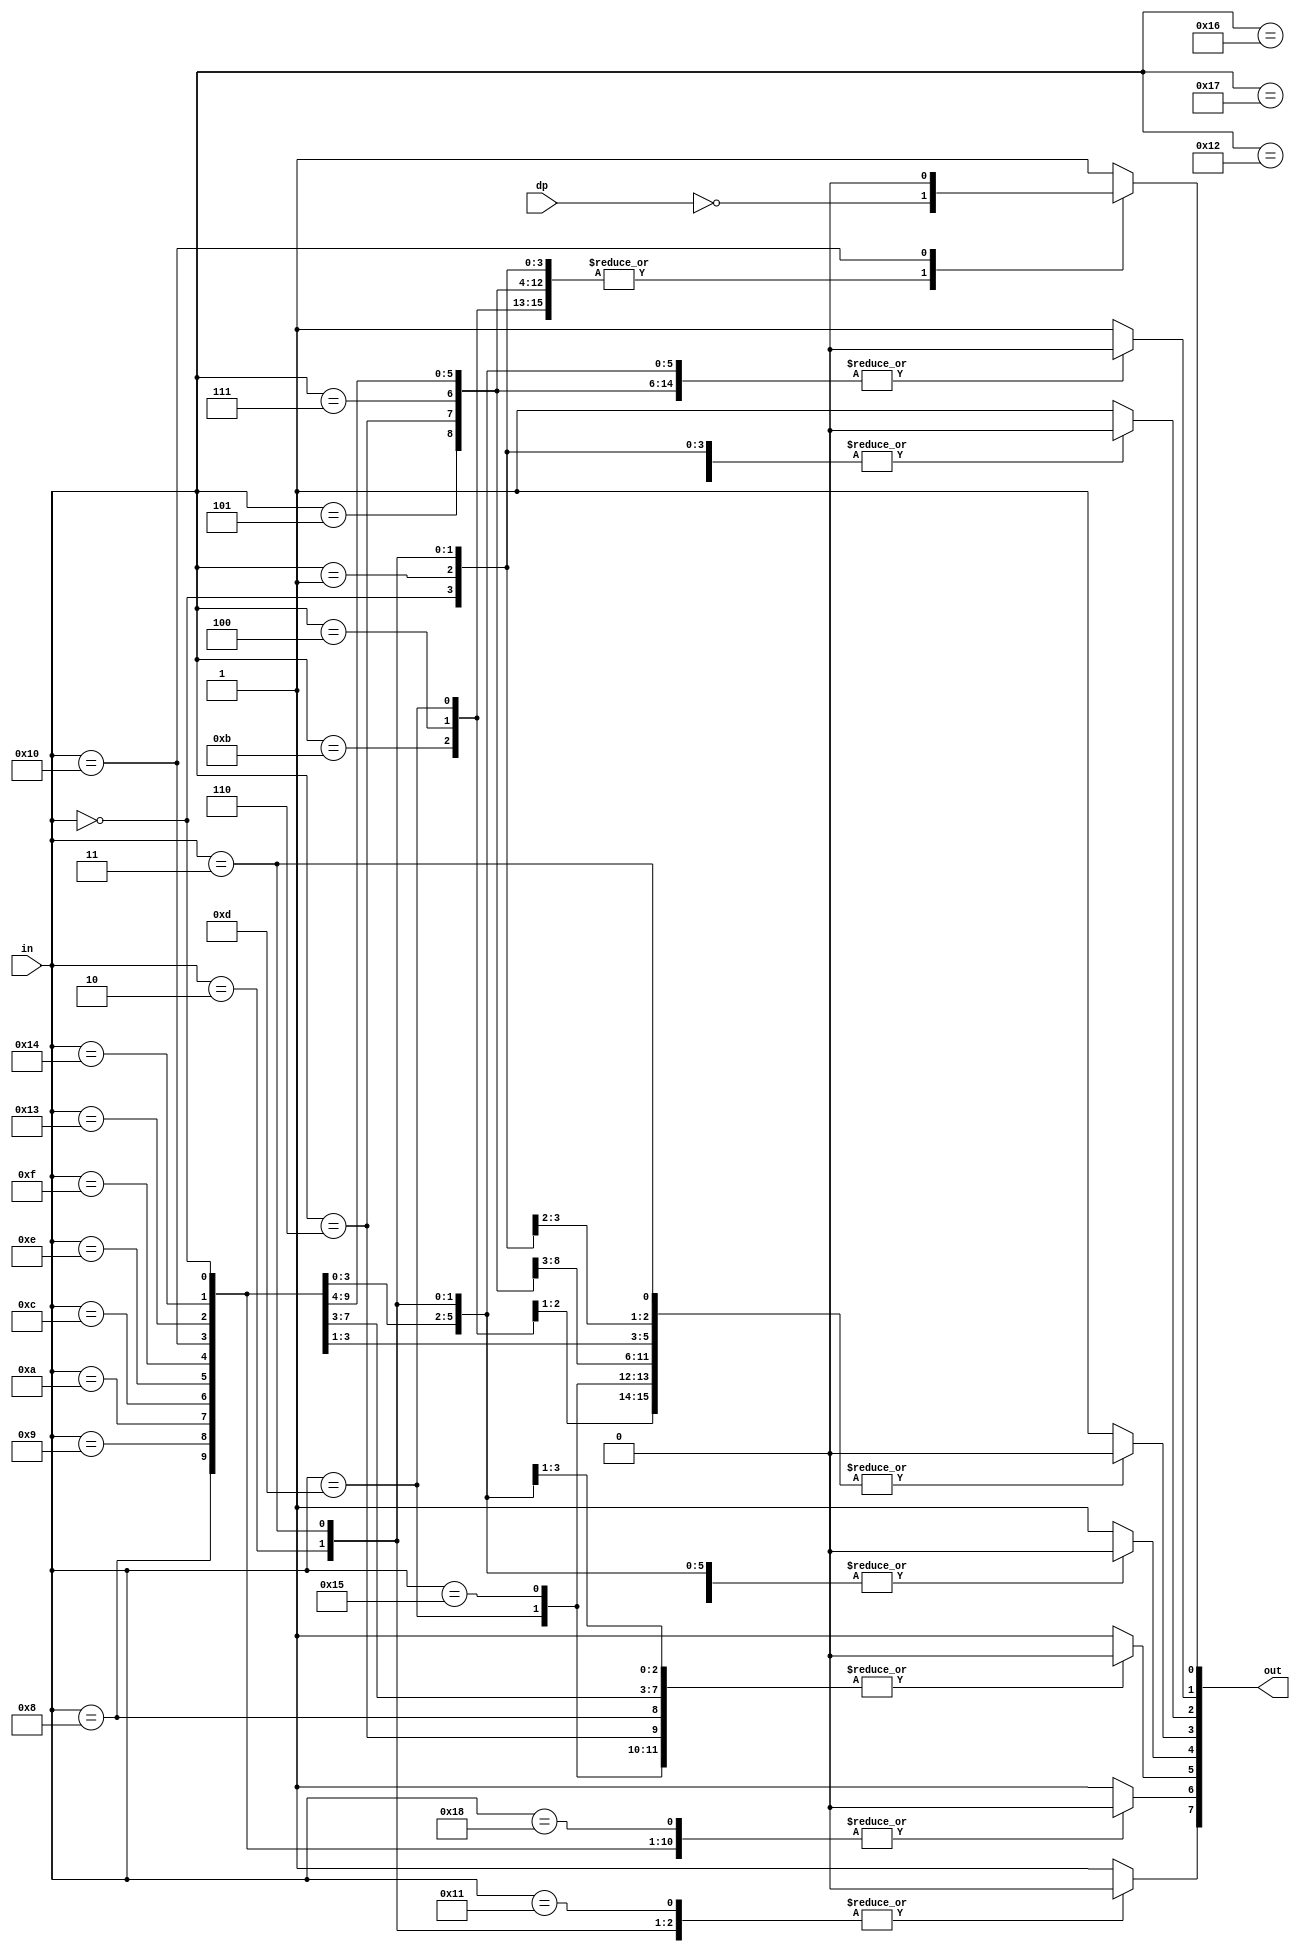
module hexdigit(
  input wire [4:0] in,
  input wire dp,
  output reg [7:0] out
  );

// ---------- 7-seg assignment ----------
//                            a
//       dc              
//      eb          f     
//     fa             g  b
//    gdp        
//   8'b00000000          e     
//                               c
//                           
//                             d   o dp
always @* begin
  out = 8'b11111111;
	 
  case(in)
    4'h0: begin // hex '0' SSD display pattern
      out[7] = 1'b1;
      out[6] = 1'b0;
      out[5] = 1'b0;
      out[4] = 1'b0;
      out[3] = 1'b0;
      out[2] = 1'b0;
      out[1] = 1'b0;
      out[0] = ~dp;
    end
	 
    4'h1: begin // hex '1' SSD display pattern
      out[7] = 1'b1;
      out[6] = 1'b1;
      out[5] = 1'b1;
      out[4] = 1'b1;
      out[3] = 1'b0;
      out[2] = 1'b0;
      out[1] = 1'b1;
      out[0] = ~dp;
    end

    4'h2: begin // hex '2' SSD display pattern
      out[7] = 1'b0;
      out[6] = 1'b1;
      out[5] = 1'b0;
      out[4] = 1'b0;
      out[3] = 1'b1;
      out[2] = 1'b0;
      out[1] = 1'b0;
      out[0] = ~dp;
    end
	 
    4'h3: begin // hex '3' SSD display pattern
      out[7] = 1'b0;
      out[6] = 1'b1;
      out[5] = 1'b1;
      out[4] = 1'b0;
      out[3] = 1'b0;
      out[2] = 1'b0;
      out[1] = 1'b0;
      out[0] = ~dp;
    end
 
     4'h4: begin // hex '4' SSD display pattern
      out[7] = 1'b0;
      out[6] = 1'b0;
      out[5] = 1'b1;
      out[4] = 1'b1;
      out[3] = 1'b0;
      out[2] = 1'b0;
      out[1] = 1'b1;
      out[0] = ~dp;
    end
	 
    4'h5: begin // hex '5' SSD display pattern
      out[7] = 1'b0;
      out[6] = 1'b0;
      out[5] = 1'b1;
      out[4] = 1'b0;
      out[3] = 1'b0;
      out[2] = 1'b1;
      out[1] = 1'b0;
      out[0] = ~dp;
    end
	 
    4'h6: begin // hex '6' SSD display pattern
      out[7] = 1'b0;
      out[6] = 1'b0;
      out[5] = 1'b0;
      out[4] = 1'b0;
      out[3] = 1'b0;
      out[2] = 1'b1;
      out[1] = 1'b0;
      out[0] =  ~dp;
    end
	 
    4'h7: begin // hex '7' SSD display pattern
      out[7] = 1'b1;
      out[6] = 1'b1;
      out[5] = 1'b1;
      out[4] = 1'b1;
      out[3] = 1'b0;
      out[2] = 1'b0;
      out[1] = 1'b0;
      out[0] =  ~dp;
    end
	 
    4'h8: begin // hex '8' SSD display pattern
      out[7] = 1'b0;
      out[6] = 1'b0;
      out[5] = 1'b0;
      out[4] = 1'b0;
      out[3] = 1'b0;
      out[2] = 1'b0;
      out[1] = 1'b0;
      out[0] =  ~dp;
    end
	 
    4'h9: begin // hex '9' SSD display pattern
      out[7] = 1'b0;
      out[6] = 1'b0;
      out[5] = 1'b1;
      out[4] = 1'b0;
      out[3] = 1'b0;
      out[2] = 1'b0;
      out[1] = 1'b0;
      out[0] =  ~dp;
    end
	 
    4'ha: begin // hex 'a' SSD display pattern
      out[7] = 1'b0;
      out[6] = 1'b0;
      out[5] = 1'b0;
      out[4] = 1'b1;
      out[3] = 1'b0;
      out[2] = 1'b0;
      out[1] = 1'b0;
      out[0] =  ~dp;
    end
	 
    4'hb: begin // hex 'b' SSD display pattern
      out[7] = 1'b0;
      out[6] = 1'b0;
      out[5] = 1'b0;
      out[4] = 1'b0;
      out[3] = 1'b0;
      out[2] = 1'b1;
      out[1] = 1'b1;
      out[0] =  ~dp;
    end
	 
    4'hc: begin // hex 'c' SSD display pattern
      out[7] = 1'b1;
      out[6] = 1'b0;
      out[5] = 1'b0;
      out[4] = 1'b0;
      out[3] = 1'b1;
      out[2] = 1'b1;
      out[1] = 1'b0;
      out[0] =  ~dp;
    end
	 
    4'hd: begin // hex 'd' SSD display pattern
      out[7] = 1'b0;
      out[6] = 1'b1;
      out[5] = 1'b0;
      out[4] = 1'b0;
      out[3] = 1'b0;
      out[2] = 1'b0;
      out[1] = 1'b1;
      out[0] =  ~dp;
    end
	 
    4'he: begin // hex 'e' SSD display pattern
      out[7] = 1'b0;
      out[6] = 1'b0;
      out[5] = 1'b0;
      out[4] = 1'b0;
      out[3] = 1'b1;
      out[2] = 1'b1;
      out[1] = 1'b0;
      out[0] =  ~dp;
    end
	 
    4'hf: begin // hex 'f' SSD display pattern
      out[7] = 1'b0;
      out[6] = 1'b0;
      out[5] = 1'b0;
      out[4] = 1'b1;
      out[3] = 1'b1;
      out[2] = 1'b1;
      out[1] = 1'b0;
      out[0] =  ~dp;
    end
    5'b10000: out = 8'b00000000; // 16 = all led on
    5'b10001: out = 8'b01111111; // 17 = - (minus sign)
    5'b10010: out = 8'b11101111; // 18 = _ (underscore)
    5'b10011: out = 8'b00100101; // 19 = S
    5'b10100: out = 8'b00000101; // 20 = G
    5'b10101: out = 8'b00010011; // 21 = H
    5'b10110: out = 8'b10001111; // 22 = L
    5'b10111: out = 8'b11111011; // 23 = right-aligned '
    5'b11000: out = 8'b10111111; // 24 = left-aligned '
    default: out = 8'b11111111;
  endcase
end
endmodule